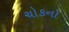
ચોકનો